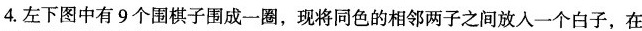
4.左下图中有9个围棋子围成一圈，现将同色的相邻两子之间放入一个白子，在